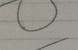
Signature authenticity: forged